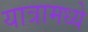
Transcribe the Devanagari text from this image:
यात्रामध्ये